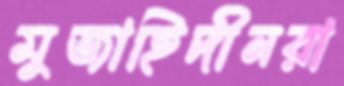
মুজাহিদীনরা